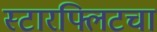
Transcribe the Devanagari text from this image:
स्टारफ्लिटचा